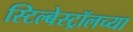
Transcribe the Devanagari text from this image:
स्टिल्बेस्ट्रॉलच्या